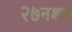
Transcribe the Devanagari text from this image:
२७नक्षत्र